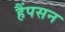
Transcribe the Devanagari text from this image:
हैंपसन